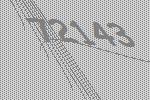
72143